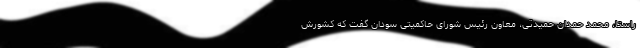
راستا، محمد حمدان حمیدتی، معاون رئیس شورای حاکمیتی سودان گفت که کشورش